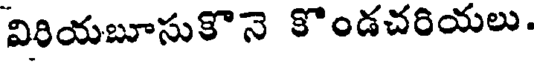
విరియబూసుకొనె కొండచరియలు.